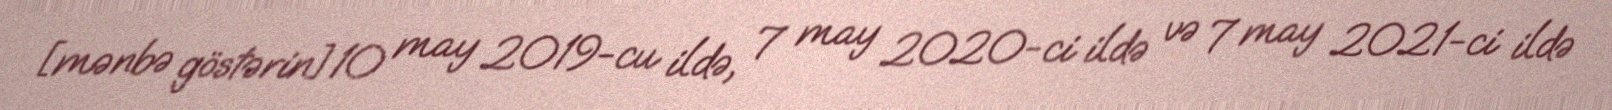
[mənbə göstərin]10 may 2019-cu ildə, 7 may 2020-ci ildə və 7 may 2021-ci ildə